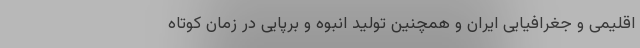
اقلیمی و جغرافیایی ایران و همچنین تولید انبوه و برپایی در زمان کوتاه